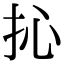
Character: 抋